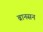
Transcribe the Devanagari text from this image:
ब्रानसन